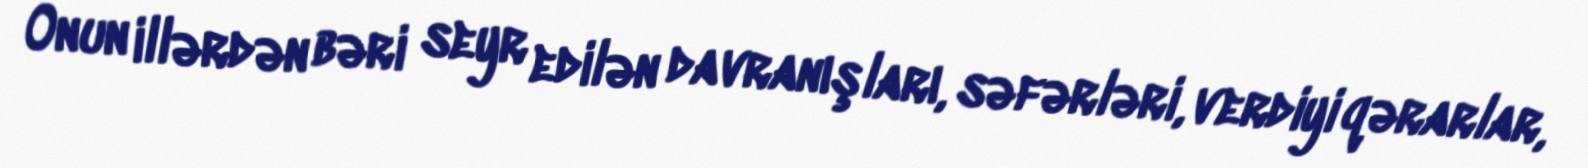
Onun illərdən bəri seyr edilən davranışları, səfərləri, verdiyi qərarlar,